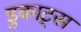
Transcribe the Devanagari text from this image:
डुकाट्स